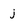
Character: j